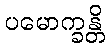
ပမောက္ခန္တိ